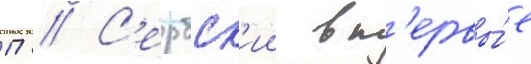
П // С'ербск'ии вп'ервы́е